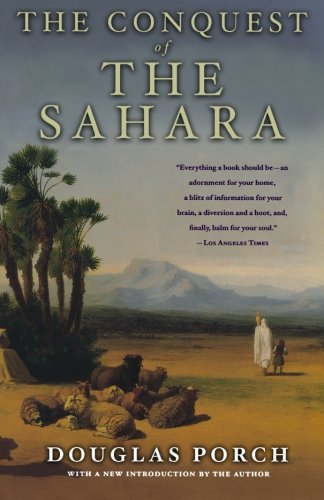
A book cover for The Conquest of the Sahara; Douglas Porch; History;